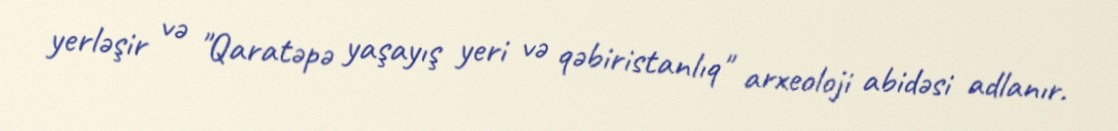
yerləşir və "Qaratəpə yaşayış yeri və qəbiristanlıq" arxeoloji abidəsi adlanır.